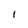
Character: l